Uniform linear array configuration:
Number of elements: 8
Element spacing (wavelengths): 1
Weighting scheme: exponential
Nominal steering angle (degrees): -30
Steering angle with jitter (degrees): -31.584
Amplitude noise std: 0.05
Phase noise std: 0.05

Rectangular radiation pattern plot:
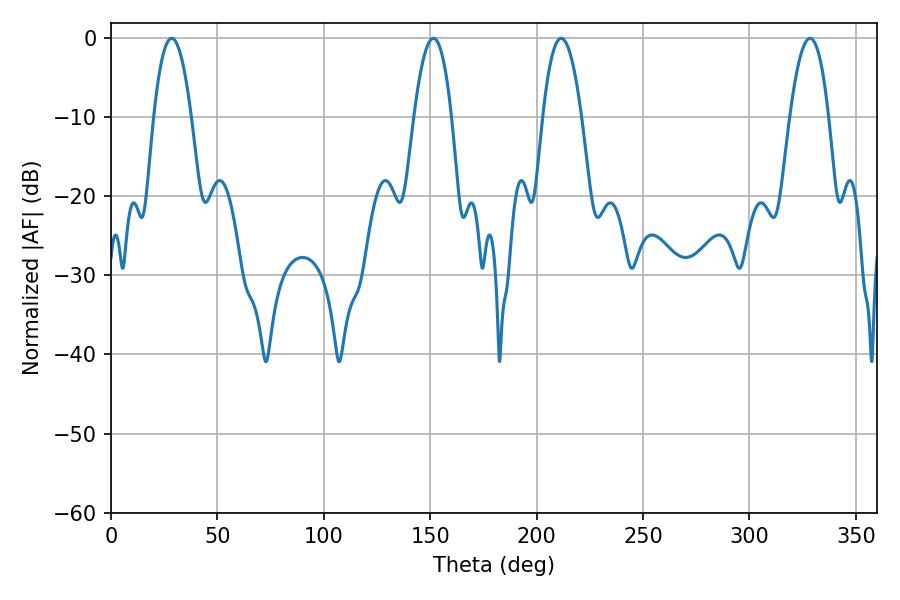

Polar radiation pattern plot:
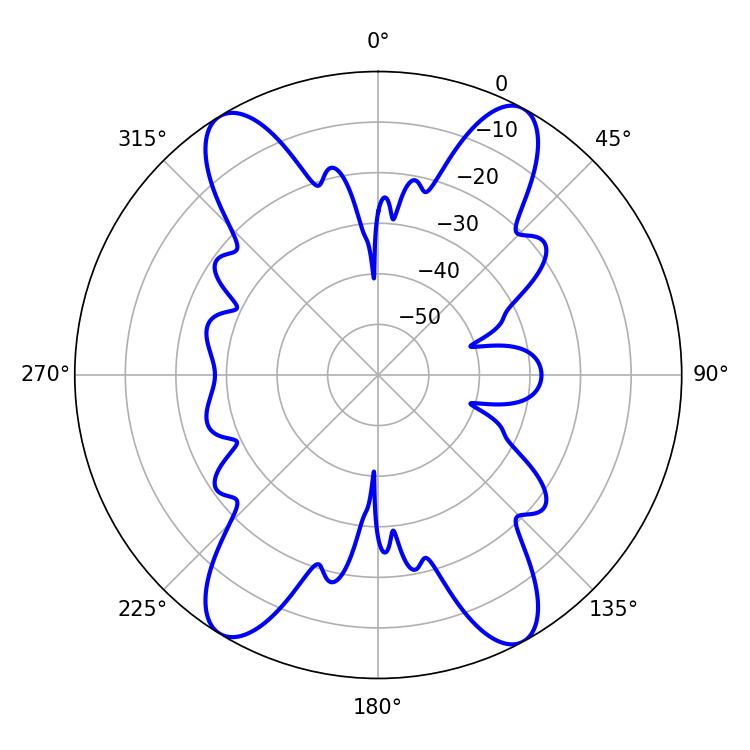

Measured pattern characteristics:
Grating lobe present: TRUE
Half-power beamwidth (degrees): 10.08
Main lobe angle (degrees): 211.5